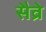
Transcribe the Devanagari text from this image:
सैव्रे